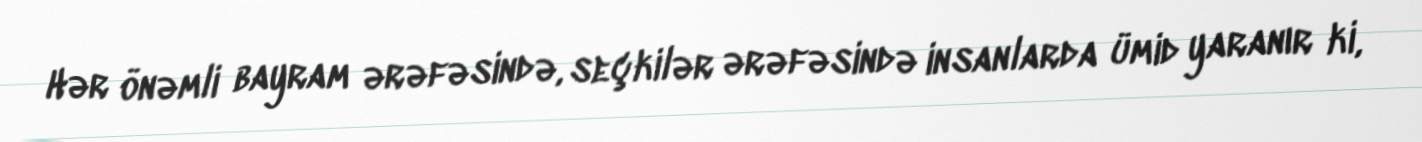
Hər önəmli bayram ərəfəsində, seçkilər ərəfəsində insanlarda ümid yaranır ki,